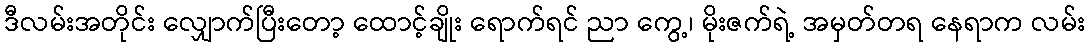
ဒီလမ်းအတိုင်း လျှောက်ပြီးတော့ ထောင့်ချိုး ရောက်ရင် ညာ ကွေ့၊ မိုးဇက်ရဲ့ အမှတ်တရ နေရာက လမ်း